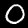
Label: 0